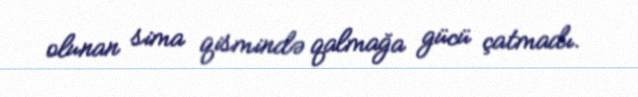
olunan sima qismində qalmağa gücü çatmadı.